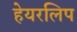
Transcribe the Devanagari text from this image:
हेयरलिप